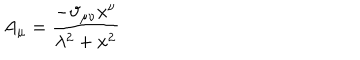
A _ { \mu } = \frac { - \vartheta _ { \mu \nu } x ^ { \nu } } { \lambda ^ { 2 } + x ^ { 2 } }